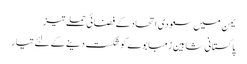
یمن میں سعودی اتحاد کے فضائی حملے تیز
پاکستانی شاہین زمبابوے کوشکست دینے کے لئے تیار